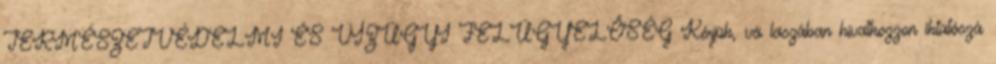
TERMÉSZETVÉDELMI ÉS VÍZÜGYI FELÜGYELŐSÉG Kérjük, vá laszában hivatkozzon iktatószá